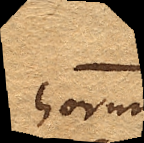
horum